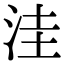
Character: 洼